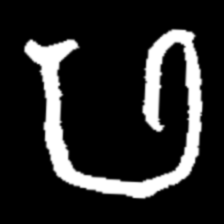
Pyu character \u2014 Myanmar letter: ဖ (romanized: pha)